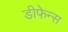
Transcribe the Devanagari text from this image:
डीफेन्स